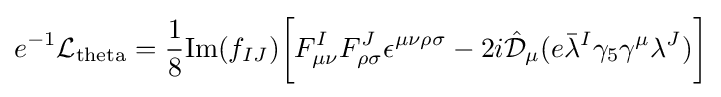
e^{-1}{\mathcal {L}}_{\text{theta}}={\frac {1}{8}}{\text{Im}}(f_{IJ}){\bigg [}F_{\mu \nu }^{I}F_{\rho \sigma }^{J}\epsilon ^{\mu \nu \rho \sigma }-2i{\hat {\mathcal {D}}}_{\mu }(e{\bar {\lambda }}^{I}\gamma _{5}\gamma ^{\mu }\lambda ^{J}){\bigg ]}